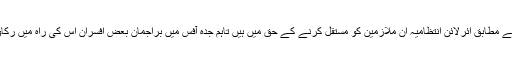
ذرائع کے مطابق ائرلائن انتظامیہ ان ملازمین کو مستقل کرنے کے حق میں ہیں تاہم جدہ آفس میں براجمان بعض افسران اس کی راہ میں رکاوٹ ہیں۔